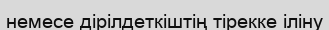
немесе дірілдеткіштің тірекке іліну